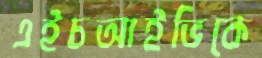
এইচআইভিকে